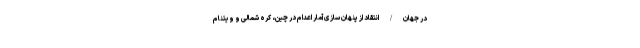
در جهان / انتقاد از پنهان سازی آمار اعدام در چین، کره شمالی و ویتنام